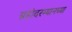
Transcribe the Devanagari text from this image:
ग्रहांदरम्यानच्या